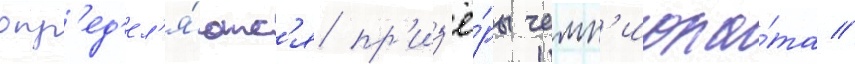
опр'ед'ел'я́ютс'я пр'из'ё́ры чемп'иона́та //